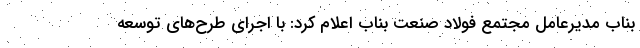
بناب مدیرعامل مجتمع فولاد صنعت بناب اعلام کرد: با اجرای طرح‌های توسعه